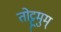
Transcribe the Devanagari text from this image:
तोट्ट्रमुम्